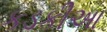
કડકીઆ